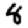
Digit: 8